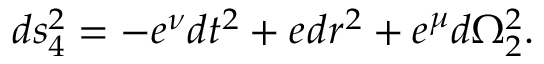
d s _ { 4 } ^ { 2 } = - e ^ { \nu } d t ^ { 2 } + e ^ { \l } d r ^ { 2 } + e ^ { \mu } d \Omega _ { 2 } ^ { 2 } .